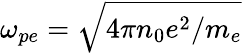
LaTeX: \omega_{pe}=\sqrt{4\pi n_{0}e^{2}/m_{e}}